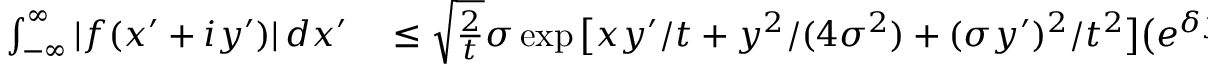
\begin{array} { r l } { \int _ { - \infty } ^ { \infty } | f ( x ^ { \prime } + i y ^ { \prime } ) | \, d x ^ { \prime } } & { { } \leq \sqrt { \frac { 2 } { t } } \sigma \exp \big [ x y ^ { \prime } / t + y ^ { 2 } / ( 4 \sigma ^ { 2 } ) + ( \sigma y ^ { \prime } ) ^ { 2 } / t ^ { 2 } \big ] \big ( e ^ { \delta y ^ { \prime } / t } + e ^ { - \delta y ^ { \prime } / t } \big ) . } \end{array}